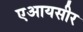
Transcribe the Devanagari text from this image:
एआयसीर